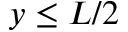
y \le L / 2